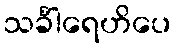
သင်္ခါရေဟိပေ